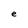
Character: e